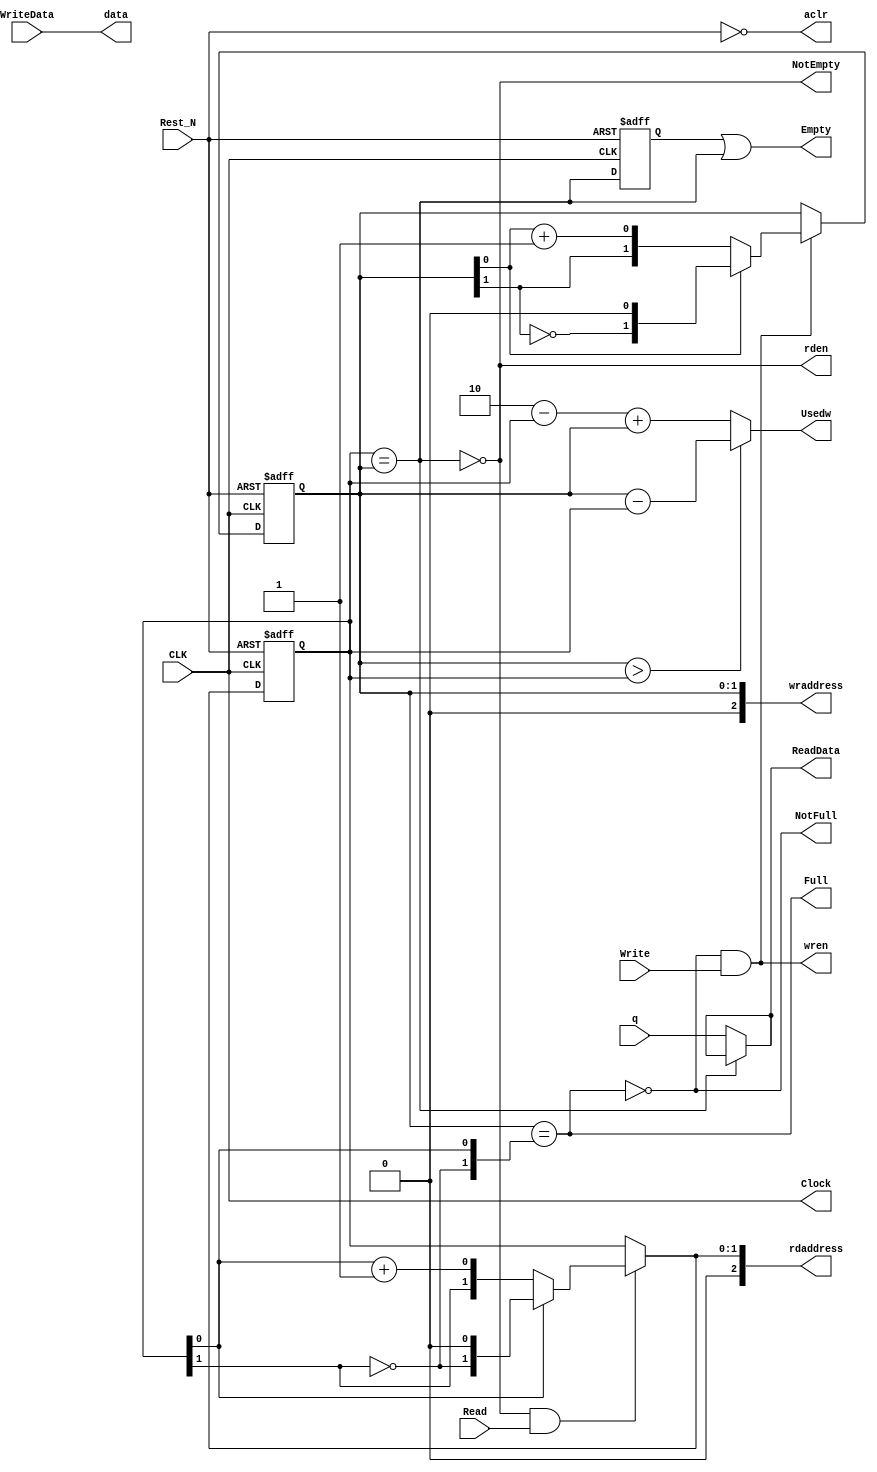
// ============================================================================
// KEYWORDS 		: 	SYNCFIFO
// ----------------------------------------------------------------------------
// PURPOSE 			: 	SYNCFIFO with configurable data width and fifo depth
// ----------------------------------------------------------------------------
// ============================================================================
// REUSE ISSUES
// Reset Strategy	:	Async clear,active low
// Clock Domains	:	clk
// Critical TiminG	:	N/A
// Instantiations	:	N/A
// Synthesizable	:	N/A
// Others			:	N/A
// ****************************************************************************
`define ALTERA_RAM								//Define is ALTERA/XILINX BLK RAM, Undefine is XILINX DIST RAM
module SYNCFIFO
#(parameter
	ShowHead				= 1,				//1<->Showhead,0<->Normal
	DataWidth				= 32,				//This is data width
	DataDepth				= 2,				//for ASYNC,DataDepth must be 2^n (n>=1). for SYNC,DataDepth is a positive number(>=1)
	RAMAddWidth				= 2					//The RAM address width
)(
	input             			CLK,			//ASYNC CLK, SYNC and ASYNC use CLK.
	input             			Rest_N,			//Reset the all write signal.
	input	[DataWidth-1:0]		WriteData,		//The Inport of data 
	input             			Write,			//active-high
	input             			Read,			//active-high
	output  [DataWidth-1:0]		ReadData,		//The Outport of data 
	output             			NotFull,		//active-high
	output             			NotEmpty,		//active-high
	output             			Full,			//active-high
	output             			Empty,			//active-high  
	output	[RAMAddWidth-1:0]	Usedw,			//RAM usedword	
   
	// ALTERA RAM
	output						aclr,			//reset signal, active high
	output						Clock,			//if SYNC mode, Clock == CLK
	output	[DataWidth-1:0]		data,			//RAM input data
	output	[RAMAddWidth:0]		rdaddress,		//RAM read address
	output						rden,			//RAM read
	output	[RAMAddWidth:0]		wraddress,		//RAM write address
	output						wren,			//RAM write
	input	[DataWidth-1:0]		q				//RAM output data
   
   );

	//---------------------------------
	//Compute AddWidth
	//---------------------------------
	function integer clog2;						//Compute AddWidth
		input integer depth;					//input DataDepth
		integer i,result;						//reg 
		begin
			result=0;							//clear the result
			for(i=0;(2**i)<depth;i=i+1)			//Compute AddWidth
				result=i;						//result=AddWidth-1 
			clog2=result+1;						//result=AddWidth
		end
	endfunction
	localparam AddWidth=clog2(DataDepth);		//return the parameter

	//---------------------------------
	//signal definition
	//---------------------------------
	reg 	[AddWidth:0]	wptr;				//write point
	wire	[AddWidth:0]	temp_wptr;			//write point reg
	reg 	[AddWidth:0]	rptr;				//read point
	wire	[AddWidth:0]	temp_rptr;			//read point reg
	
//	reg		[DataWidth-1:0]	Data_reg	[DataDepth-1:0];	//RAM used reg
	wire 					Empty_wire,Full_wire;			//full&empty signal 
	

		//Write pointer
		always@(posedge CLK or negedge Rest_N)
			if(~Rest_N)														//Rest_N is active low
				wptr <= {(AddWidth+1){1'b0}};								//clean all wptr
			else
				wptr <= temp_wptr;											//wptr is delayed 1cycle
								
		assign temp_wptr = 	(NotFull & Write) ?								//Notfull and Write is coming		
							((wptr[AddWidth-1:0]==(DataDepth-1))?			//write point = DataDepth
							{~wptr[AddWidth],{(AddWidth){1'b0}}}			//write point = DataDepth, wptr +1
							:{wptr[AddWidth],(wptr[AddWidth-1:0]+1'b1)})	//write point != DataDepth, wptr + 1
							:wptr;											//wait Notfull and Write
		
			
		//Read pointer
		always@(posedge CLK or negedge Rest_N)
			if(~Rest_N)														//Rest_N is active low
				rptr <= {(AddWidth+1){1'b0}};								//clean all rptr
			else
				rptr <= temp_rptr;											//wptr is delayed 1cycle

			assign temp_rptr = 	(NotEmpty & Read)?							//NotEmpty and Read is coming
								((rptr[AddWidth-1:0]==(DataDepth-1)) ? 		//Read point = DataDepth
								{~rptr[AddWidth],{(AddWidth){1'b0}}}		//read point = DataDepth, rptr +1
								:{rptr[AddWidth],(rptr[AddWidth-1:0]+1'b1)})//read point != DataDepth, rptr + 1
								:rptr;										//wait NotEmpty and Read
								
		//status signal						
			assign Empty_wire = (rptr == wptr);								//if rptr == wptr, Read all
			assign Full_wire = (wptr == {~rptr[AddWidth],rptr[AddWidth-1:0]});	//if wptr - rptr/wptr - rptr = AddWidth, Fifo is full.

			reg	 Empty_reg;													//The reg is used delay the status signal.
			always@(posedge CLK or negedge Rest_N)
				if(~Rest_N)begin
				  Empty_reg		<= 1'b1;									//clean signal
				end  
				else begin
				  Empty_reg 	<= Empty_wire;								//delay the Empty_wire 1 cycle
				end
		
			assign NotEmpty = ~Empty_wire;									//NotEmpty signal
			assign NotFull = ~Full_wire;									//NotFull signal
			
			assign Empty = Empty_reg|Empty_wire;							//Empty signal
			assign Full = Full_wire;										//Full signal
			assign Usedw = (wptr > rptr) ? (wptr - rptr) : ({1'b1,{(AddWidth){1'b0}}} - rptr + wptr);		//display the usedword
		
//		//-------------------------------
//		// RAM REG Write&Read
//		//-------------------------------
//		//Write oppertion with RAM_reg
//		integer i;
//			always@(posedge CLK or negedge Rest_N)
//				begin
//					if(~Rest_N) begin							//Rest_N is active low
//						for(i=0;i<DataDepth;i=i+1)					//clean all Data_reg
//							Data_reg[i] <= 0;
//					end
//					else begin
//						if(NotFull & Write) begin					//NotFull and Write is all assert, put the data into Data_reg
//							Data_reg[wptr[AddWidth-1:0]] <= WriteData;
//						end
//					end
//				end
//		
//		//Read operation with RAM_reg
//		always @ *
//			    ReadData = Data_reg[rptr[AddWidth-1:0]];			//put the Data_reg into data

//-------------------------------
// RAM REG Write&Read
//-------------------------------
//	RAM Reset and clock signal
	assign 	aclr 			= ~Rest_N;								//reset the RAM
	assign	Clock 			= CLK;									//send clock to RAM
	
//	Write oppertion with ALTERA RAM
	assign	data			= WriteData;							//send data to RAM
	assign	wraddress		= wptr;									//write address
	assign	wren			= NotFull & Write;						//write enable

// Read oppertion with ALTERA RAM
	assign	ReadData		= ShowHead ? (NotEmpty? q : ReadData):q;//receive data form RAM
	assign	rden			= ShowHead ? NotEmpty : NotEmpty & Read;//1<->Showhead,;0<->Normal. read enable.
	
`ifdef ALTERA_RAM
	// Read oppertion with ALTERA RAM/ XILINX BLK RAM
	assign	rdaddress		= ShowHead ? temp_rptr : rptr;								//read address
`else
	// Read oppertion with XILINX DIST RAM
	assign	rdaddress		= ShowHead ? rptr : rptr-1'b1;								//read address
`endif		


	
endmodule